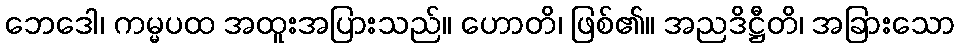
ဘေဒေါ၊ ကမ္မပထ အထူးအပြားသည်။ ဟောတိ၊ ဖြစ်၏။ အညဒိဋ္ဌီတိ၊ အခြားသော